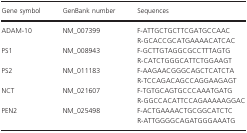
| Gene symbol | GenBank number | Sequences |
 | --- | --- | --- |
 | ADAM‐10 | NM_007399 | F‐ATTGCTGCTTCGATGCCAACR‐GCACCGCATGAAAACATCAC |
 | PS1 | NM_008943 | F‐GCTTGTAGGCGCCTTTAGTGR‐CATCTGGGCATTCTGGAAGT |
 | PS2 | NM_011183 | F‐AAGAACGGGCAGCTCATCTAR‐TCCAGACAGCCAGGAAGAGT |
 | NCT | NM_021607 | F‐TGTGCAGTGCCCAAATGATGR‐GGCCACATTCCAGAAAAAGGAC |
 | PEN2 | NM_025498 | F‐ACTGAAAACTGCGGCATCTCR‐ATTGGGGCAGATGGGAAATG |